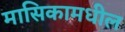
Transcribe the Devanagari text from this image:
मासिकामधील